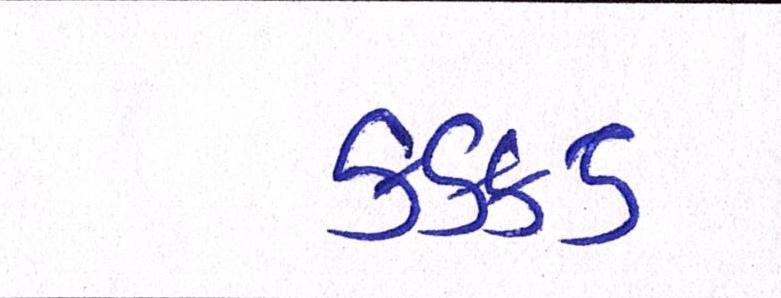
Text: કક્કડ